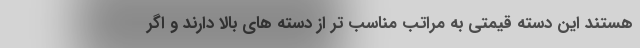
هستند این دسته قیمتی به مراتب مناسب تر از دسته های بالا دارند و اگر